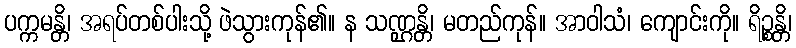
ပက္ကမန္တိ၊ အရပ်တစ်ပါးသို့ ဖဲသွားကုန်၏။ န သဏ္ဌန္တိ၊ မတည်ကုန်။ အာဝါသံ၊ ကျောင်းကို။ ရိဉ္စန္တိ၊